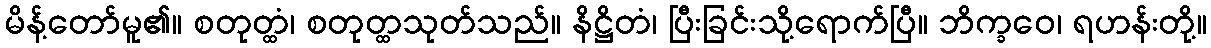
မိန့်တော်မူ၏။ စတုတ္ထံ၊ စတုတ္ထသုတ်သည်။ နိဋ္ဌိတံ၊ ပြီးခြင်းသို့ရောက်ပြီ။ ဘိက္ခဝေ၊ ရဟန်းတို့။